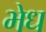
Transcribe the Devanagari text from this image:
भेध